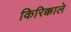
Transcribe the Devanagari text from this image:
किरिक्काले